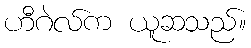
ဟီဂဲလ်က ယူဆသည်။